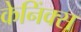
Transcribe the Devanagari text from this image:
केनिंक्स